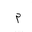
Letter: _mim